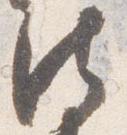
法